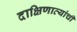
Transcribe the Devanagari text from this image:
दाक्षिणात्यांची